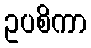
ဥပစိကာ